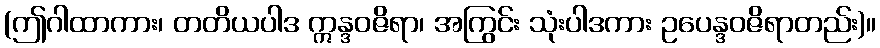
(ဤဂါထာကား၊ တတိယပါဒ ဣန္ဒဝဇိရာ၊ အကြွင်း သုံးပါဒကား ဥပေန္ဒဝဇိရာတည်း)။